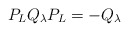
\begin{align*}P_L Q_{\lambda} P_L = - Q_{\lambda}\end{align*}